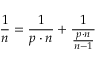
{ \frac { 1 } { n } } = { \frac { 1 } { p \cdot n } } + { \frac { 1 } { \frac { p \cdot n } { n - 1 } } }